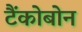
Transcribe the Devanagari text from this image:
टैंकोबोन